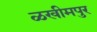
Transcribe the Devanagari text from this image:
ळखीमपुर